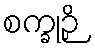
စက္ခုဉှိ